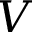
V